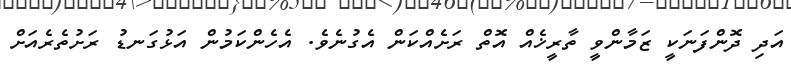
އަދި ދޮންފަނަކީ ޒަމާންވީ ތާރީޚެއް އޮތް ރަށެއްކަން އެގުނެވެ. އެހެންކަމުން އަޅުގަނޑު ރަށުތެރެއަށް